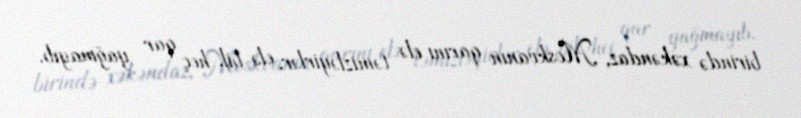
birində xəkəndaz, Moskvanın qarını elə təmizləyirlər, elə bil, heç qar yağmayıb.